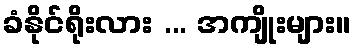
ခံနိုင်ရိုးလား ... အကျိုးများ။